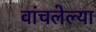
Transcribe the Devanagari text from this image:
वांचलेल्या